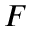
F